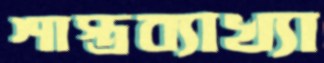
শাস্ত্রব্যাখ্যা